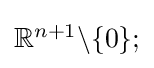
{\textstyle \mathbb {R} ^{n+1}\backslash \{0\};}